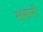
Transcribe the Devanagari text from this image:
ससारी